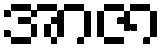
အာဇာ